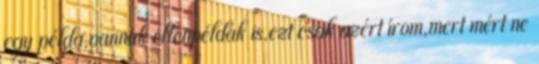
egy példa,vannak ellenpéldák is.ezt csak azért írom,mert mért ne